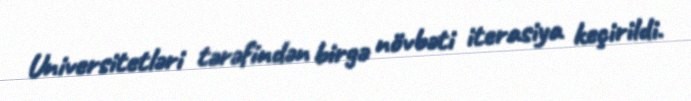
Universitetləri tərəfindən birgə növbəti iterasiya keçirildi.